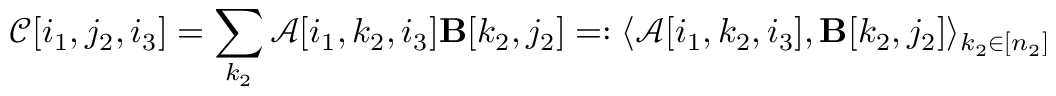
\mathcal { C } [ i _ { 1 } , j _ { 2 } , i _ { 3 } ] = \sum _ { k _ { 2 } } \mathcal { A } [ i _ { 1 } , k _ { 2 } , i _ { 3 } ] \mathbf { B } [ k _ { 2 } , j _ { 2 } ] = : \langle \mathcal { A } [ i _ { 1 } , k _ { 2 } , i _ { 3 } ] , \mathbf { B } [ k _ { 2 } , j _ { 2 } ] \rangle _ { k _ { 2 } \in [ n _ { 2 } ] }